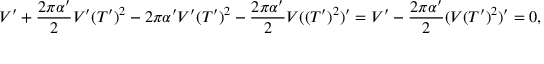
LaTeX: V ^ { \prime } + \frac { 2 \pi \alpha ^ { \prime } } { 2 } V ^ { \prime } ( T ^ { \prime } ) ^ { 2 } - 2 \pi \alpha ^ { \prime } V ^ { \prime } ( T ^ { \prime } ) ^ { 2 } - \frac { 2 \pi \alpha ^ { \prime } } { 2 } V ( ( T ^ { \prime } ) ^ { 2 } ) ^ { \prime } = V ^ { \prime } - \frac { 2 \pi \alpha ^ { \prime } } { 2 } ( V ( T ^ { \prime } ) ^ { 2 } ) ^ { \prime } = 0 ,